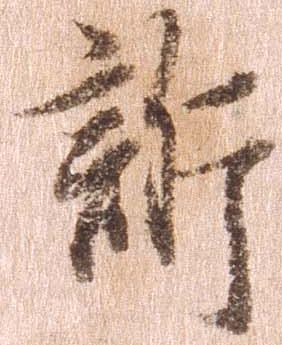
訴